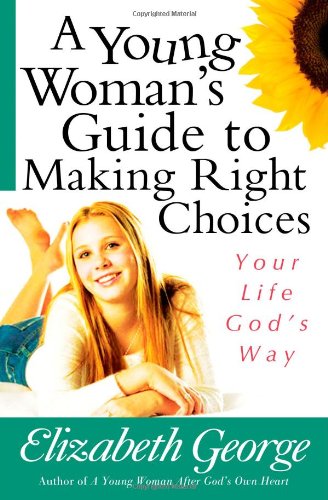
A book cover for A Young Woman's Guide to Making Right Choices: Your Life God's Way; Elizabeth George; Parenting & Relationships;